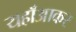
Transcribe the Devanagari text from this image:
यहाँआकर